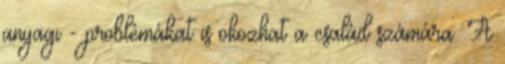
anyagi - problémákat is okozhat a család számára. A